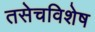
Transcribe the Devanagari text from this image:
तसेचविशेष